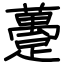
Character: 躉